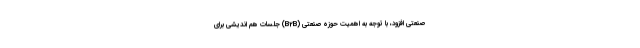
صنعتی افزود، با توجه به اهمیت حوزه صنعتی (B2B) جلسات هم اندیشی برای